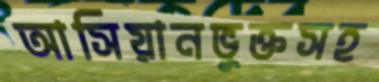
আসিয়ানভুক্তসহ